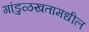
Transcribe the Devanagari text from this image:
गांडुळखतामधील